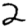
Digit: 2